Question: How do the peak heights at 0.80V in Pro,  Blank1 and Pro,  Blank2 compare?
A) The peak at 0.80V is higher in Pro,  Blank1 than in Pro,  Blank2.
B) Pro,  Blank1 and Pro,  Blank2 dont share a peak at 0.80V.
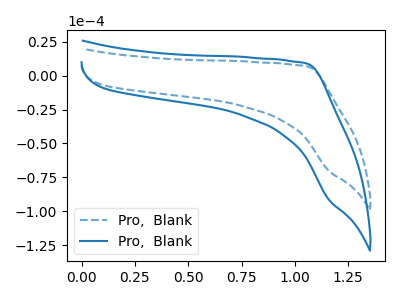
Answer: <think>The blue dashed curve "Pro,  Blank1" has no peaks. The blue curve "Pro,  Blank2" has no peaks.</think>
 <answer>B) "Pro,  Blank1" and "Pro,  Blank2" dont share a peak at 0.80V.</answer>
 <eval>B</eval>